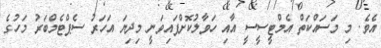
އެވެ. މި މަސައްކަތް އެމްޓީސީސީ އާއި ހަވާލުކޮށްފައިވަނީ މިދިޔަ އަހަރު ސެޕްޓެމްބަރު މަހުގެ